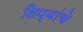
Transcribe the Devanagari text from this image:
लिप्यांचे